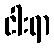
ငါးရာ